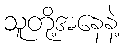
သူတို့အနေနဲ့